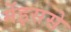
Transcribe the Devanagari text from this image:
मेंइससे